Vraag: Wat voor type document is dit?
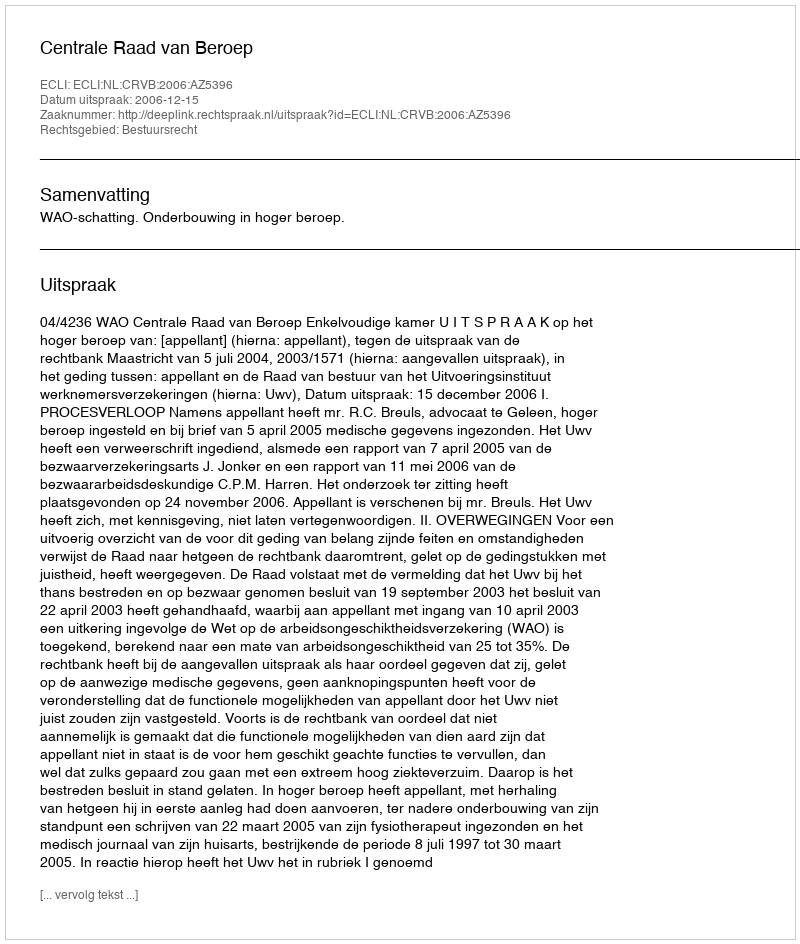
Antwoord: Uitspraak